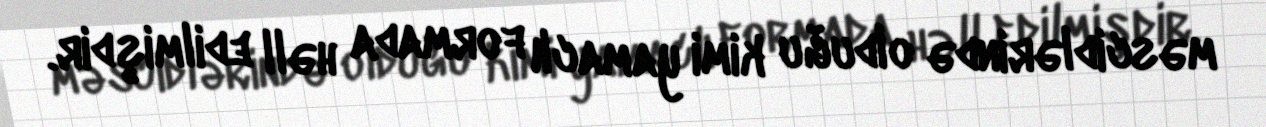
məscidlərində olduğu kimi yamaclı formada həll edilmişdir.